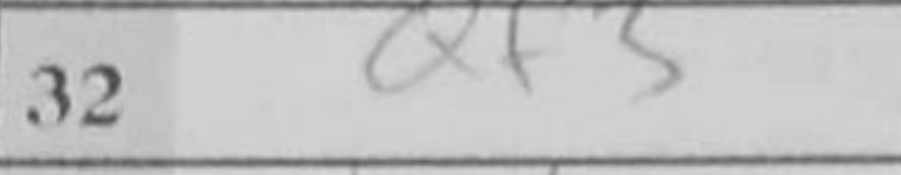
Transcription: Qf3